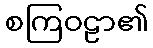
စကြဝဠာ၏